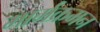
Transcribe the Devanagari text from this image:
मार्गक्रमन